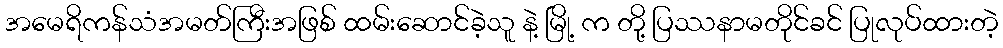
အမေရိကန်သံအမတ်ကြီးအဖြစ် ထမ်းဆောင်ခဲ့သူ နဲ့ မြို့ က တို့ ပြဿနာမတိုင်ခင် ပြုလုပ်ထားတဲ့